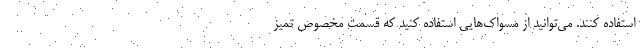
استفاده کنند. می‌توانید از مسواک‌هایی استفاده کنید که قسمت مخصوص تمیز